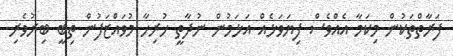
ފަރާތްތަކުން މިކަމާ އެއްވެސް ފިޔަވަޅެއް އަޅަމުން ނުދާތީ ހުރިހާ މުވައްޒަފުން ތިބީ ބިރުވެރި